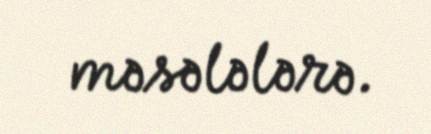
məsələlərə.